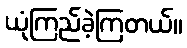
ယုံကြည်ခဲ့ကြတယ်။